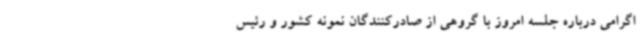
اگرامی درباره جلسه امروز با گروهی از صادرکنندگان نمونه کشور و رئیس